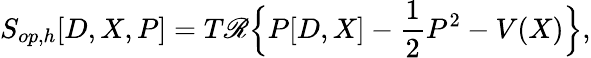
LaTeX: S_{op,h}[D,X,P]=T\mathscr{R}\Big\{ P[D,X]-\frac{{1}}{{2}}P^{2}-V(X)\Big\} ,